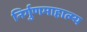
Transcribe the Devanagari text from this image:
निर्गुणमाहात्म्य